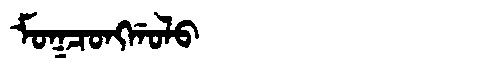
Manchu: ᠮᠣᡴᠴᠣᠩᡤᠣᠯᠣ
Romanization: MOKCONGGOLO